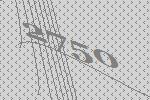
2750